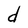
Character: d